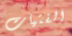
الفتيات